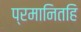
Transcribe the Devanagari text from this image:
प्रमानितहि